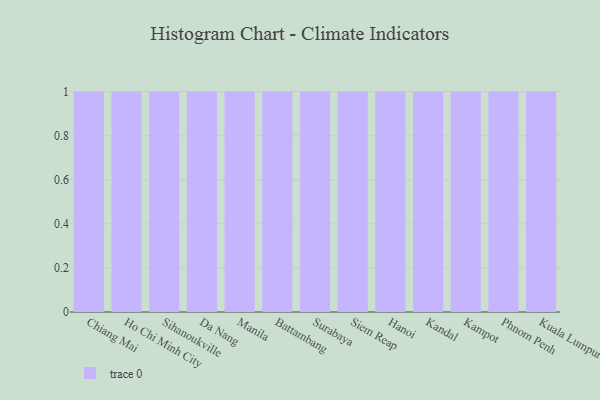
{"axis": {"x": "City", "y": "Active Users"}, "legend": [""], "data": [{"x": "Chiang Mai", "y": 43, "type": ""}, {"x": "Ho Chi Minh City", "y": 73, "type": ""}, {"x": "Sihanoukville", "y": 53, "type": ""}, {"x": "Da Nang", "y": 72, "type": ""}, {"x": "Manila", "y": 26, "type": ""}, {"x": "Battambang", "y": 30, "type": ""}, {"x": "Surabaya", "y": 80, "type": ""}, {"x": "Siem Reap", "y": 71, "type": ""}, {"x": "Hanoi", "y": 79, "type": ""}, {"x": "Kandal", "y": 92, "type": ""}, {"x": "Kampot", "y": 70, "type": ""}, {"x": "Phnom Penh", "y": 24, "type": ""}, {"x": "Kuala Lumpur", "y": 65, "type": ""}]}